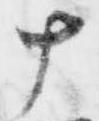
十